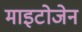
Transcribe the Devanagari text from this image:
माइटोजेन